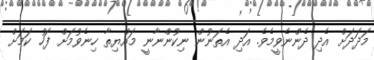
މަދަދަށް އެދި ދެންނެވީމެވެ. އަދި އެތަނުން ނިކުންނާނީ މައްޔިތާ ހިނެވުމަށް ފަހު ކަމަށް